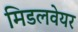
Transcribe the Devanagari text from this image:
मिडलवेयर